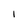
Character: 1